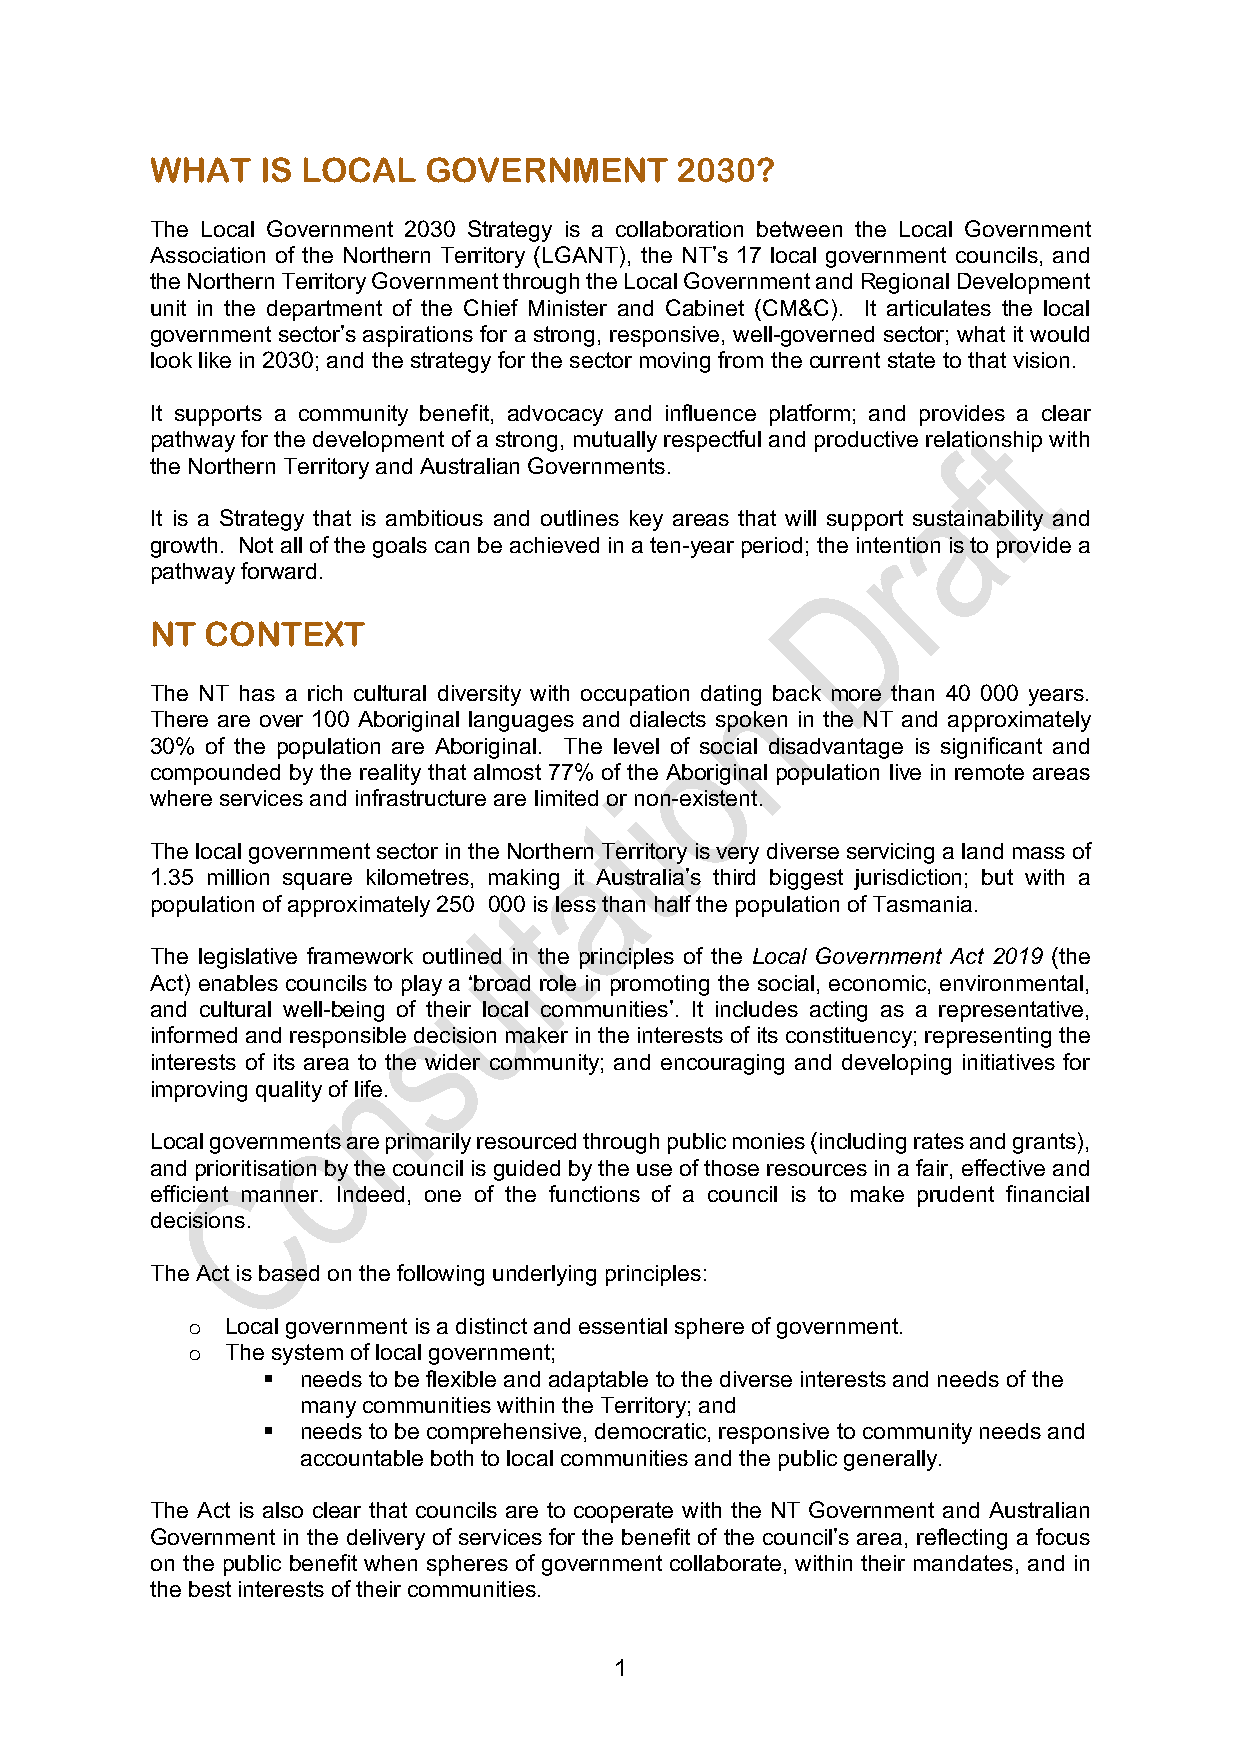
WHAT   IS LOCAL   GOVERNMENT       2030?
 The Local Government 2030 Strategy is a collaboration between the Local Government
 Association of the Northern Territory (LGANT), the NT’s 17 local government councils, and
 the Northern Territory Government through the Local Government and Regional Development
 unit in the department of the Chief Minister and Cabinet (CM&C). It articulates the local
 government sector’s aspirations for a strong, responsive, well-governed sector; what it would
 look like in 2030; and the strategy for the sector moving from the current state to that vision.
 It supports a community benefit, advocacy and influence platform; and provides a clear
 pathway for the development of a strong, mutually respectful and productive relationship with
 the Northern Territory and Australian Governments.
 It is a Strategy that is ambitious and outlines key areas that will support sustainability and
 growth. Not all of the goals can be achieved in a ten-year period; the intention is to provide a
 pathway forward.
 NT  CONTEXT
 The NT has a rich cultural diversity with occupation dating back more than 40 000 years.
 There are over 100 Aboriginal languages and dialects spoken in the NT and approximately
 30% of the population are Aboriginal. The level of social disadvantage is significant and
 compounded by the reality that almost 77% of the Aboriginal population live in remote areas
 where services and infrastructure are limited or non-existent.
 The local government sector in the Northern Territory is very diverse servicing a land mass of
 1.35 million square kilometres, making it Australia’s third biggest jurisdiction; but with a
 population of approximately 250 000 is less than half the population of Tasmania.
 The legislative framework outlined in the principles of the Local Government Act 2019 (the
 Act) enables councils to play a ‘broad role in promoting the social, economic, environmental,
 and cultural well-being of their local communities’. It includes acting as a representative,
 informed and responsible decision maker in the interests of its constituency; representing the
 interests of its area to the wider community; and encouraging and developing initiatives for
 improving quality of life.
 Local governments are primarily resourced through public monies (including rates and grants),
 and prioritisation by the council is guided by the use of those resources in a fair, effective and
 efficient manner. Indeed, one of the functions of a council is to make prudent financial
 decisions.
 The Act is based on the following underlying principles:
 o  Local government is a distinct and essential sphere of government.
 o  The system of local government;
 §  needs to be flexible and adaptable to the diverse interests and needs of the
 many communities within the Territory; and
 §  needs to be comprehensive, democratic, responsive to community needs and
 accountable both to local communities and the public generally.
 The Act is also clear that councils are to cooperate with the NT Government and Australian
 Government in the delivery of services for the benefit of the council’s area, reflecting a focus
 on the public benefit when spheres of government collaborate, within their mandates, and in
 the best interests of their communities.
 1